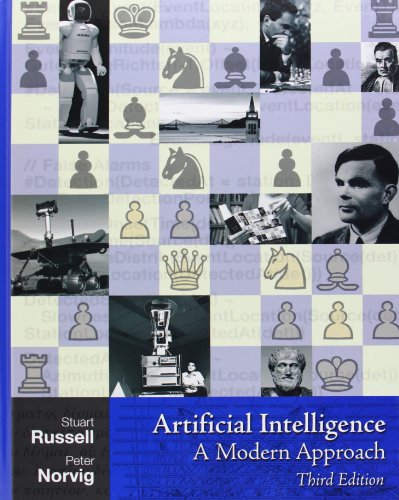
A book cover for Artificial Intelligence: A Modern Approach (3rd Edition); Stuart Russell; Computers & Technology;